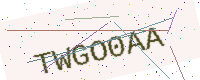
Text: TWGO0AA